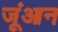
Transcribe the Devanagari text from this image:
जूंआन